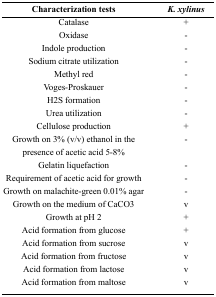
| Characterization tests | K. xylinus |
 | --- | --- |
 | Catalase | + |
 | Oxidase | - |
 | Indole production | - |
 | Sodium citrate utilization | - |
 | Methyl red | - |
 | Voges-Proskauer | - |
 | H2S formation | - |
 | Urea utilization | - |
 | Cellulose production | + |
 | Growth on 3% (v/v) ethanol in the | - |
 | presence of acetic acid 5–8% |  |
 | Gelatin liquefaction | - |
 | Requirement of acetic acid for growth | - |
 | Growth on malachite-green 0.01% agar | - |
 | Growth on the medium of CaCO3 | v |
 | Growth at pH 2 | + |
 | Acid formation from glucose | + |
 | Acid formation from sucrose | v |
 | Acid formation from fructose | v |
 | Acid formation from lactose | v |
 | Acid formation from maltose | v |